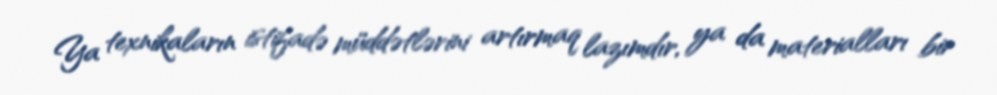
Ya texnikaların istifadə müddətlərini artırmaq lazımdır, ya da materialları bir